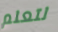
لتعلم